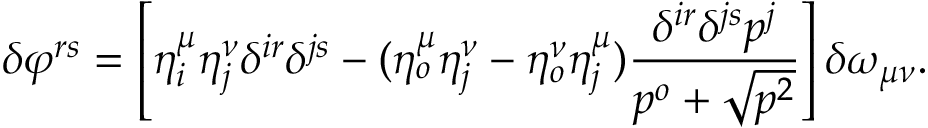
\delta \varphi ^ { r s } = \left[ \eta _ { i } ^ { \mu } \eta _ { j } ^ { \nu } \delta ^ { i r } \delta ^ { j s } - ( \eta _ { o } ^ { \mu } \eta _ { j } ^ { \nu } - \eta _ { o } ^ { \nu } \eta _ { j } ^ { \mu } ) \frac { \delta ^ { i r } \delta ^ { j s } p ^ { j } } { p ^ { o } + \sqrt { p ^ { 2 } } } \right] \delta \omega _ { \mu \nu } .